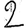
Digit: 2